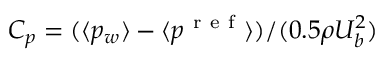
C _ { p } = ( \langle p _ { w } \rangle - \langle p ^ { \mathrm { ~ r ~ e ~ f ~ } } \rangle ) / ( 0 . 5 \rho U _ { b } ^ { 2 } )